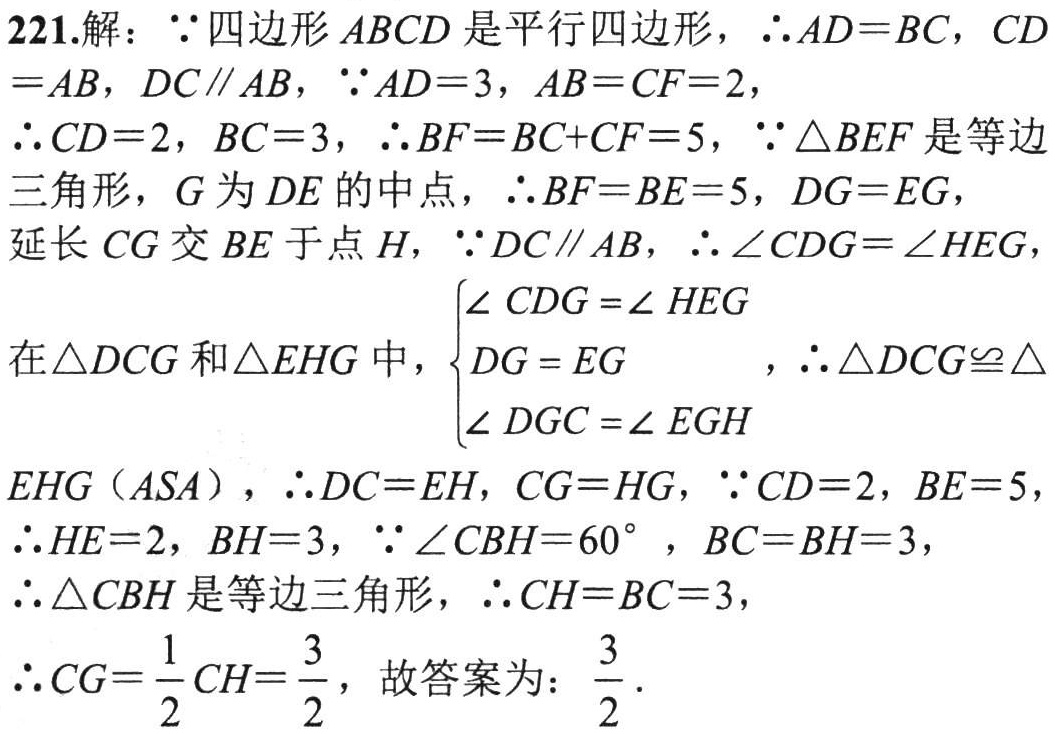
221.解：\(\because\)四边形\(ABCD\)是平行四边形，\(\therefore AD = BC\)，\(CD\)
\(=AB\)，\(DC\parallel AB\)，\(\because AD = 3\)，\(AB = CF = 2\)，
\(\therefore CD = 2\)，\(BC = 3\)，\(\therefore BF = BC + CF = 5\)，\(\because\triangle BEF\)是等边
三角形，\(G\)为\(DE\)的中点，\(\therefore BF = BE = 5\)，\(DG = EG\)，
延长\(CG\)交\(BE\)于点\(H\)，\(\because DC\parallel AB\)，\(\therefore\angle CDG=\angle HEG\)，
在\(\triangle DCG\)和\(\triangle EHG\)中，\(\begin{cases}\angle CDG=\angle HEG \\ DG = EG \\ \angle DGC=\angle EGH\end{cases}\)，\(\therefore\triangle DCG\cong\triangle\)
\(EHG\)（\(ASA\)），\(\therefore DC = EH\)，\(CG = HG\)，\(\because CD = 2\)，\(BE = 5\)，
\(\therefore HE = 2\)，\(BH = 3\)，\(\because\angle CBH = 60^{\circ}\)，\(BC = BH = 3\)，
\(\therefore\triangle CBH\)是等边三角形，\(\therefore CH = BC = 3\)，
\(\therefore CG=\frac{1}{2}CH=\frac{3}{2}\)，故答案为：\(\frac{3}{2}\) .